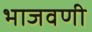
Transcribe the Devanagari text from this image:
भाजवणी